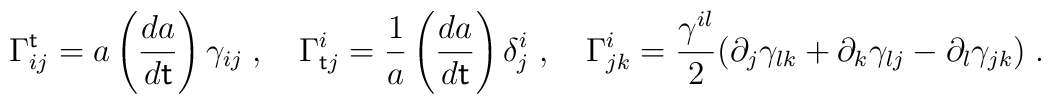
\Gamma^{\sf t}_{ij} = a\left(\frac{da}{d{\sf t}}\right)\gamma_{ij}\;, ~~~\Gamma^{i}_{{\sf t}j} = \frac{1}{a}\left(\frac{da}{d{\sf t}}\right)\delta^i_j \;,~~~\Gamma^{i}_{jk}=\frac{\gamma^{il}}{2}(\partial_j\gamma_{lk}+\partial_k \gamma_{lj}-\partial_l\gamma_{jk}) \;.